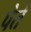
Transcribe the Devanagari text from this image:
पेते